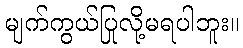
မျက်ကွယ်ပြုလို့မရပါဘူး။